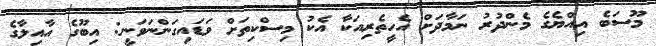
މޫސަބެ އިއްޔެގެ މެންދުރު ނަމާދަށް އެހީތެރިއަކާ އެކު މިސްކިތަށް ވަޑައިގަންނަވަނީ: އިބޫގެ އާއިލާގެ